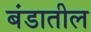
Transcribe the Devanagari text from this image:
बंडातील